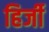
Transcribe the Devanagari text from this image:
हिर्जी